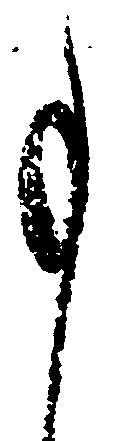
事